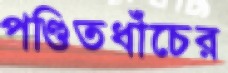
পণ্ডিতধাঁচের